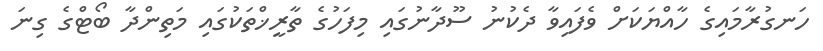
ހަނގުރާމައިގެ ހާއްޔަކަށް ވެފައިވާ ދެކުނު ސޫދާނުގައި މިފަހުގެ ތާރީޚްތަކުގައި މަތިންދާ ބޯޓްގެ ގިނަ